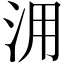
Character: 𣳔